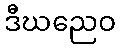
ဒီဃညေဝ